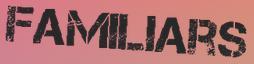
FAMILIARS